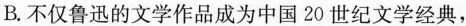
B.不仅鲁迅的文学作品成为中国20世纪文学经典，